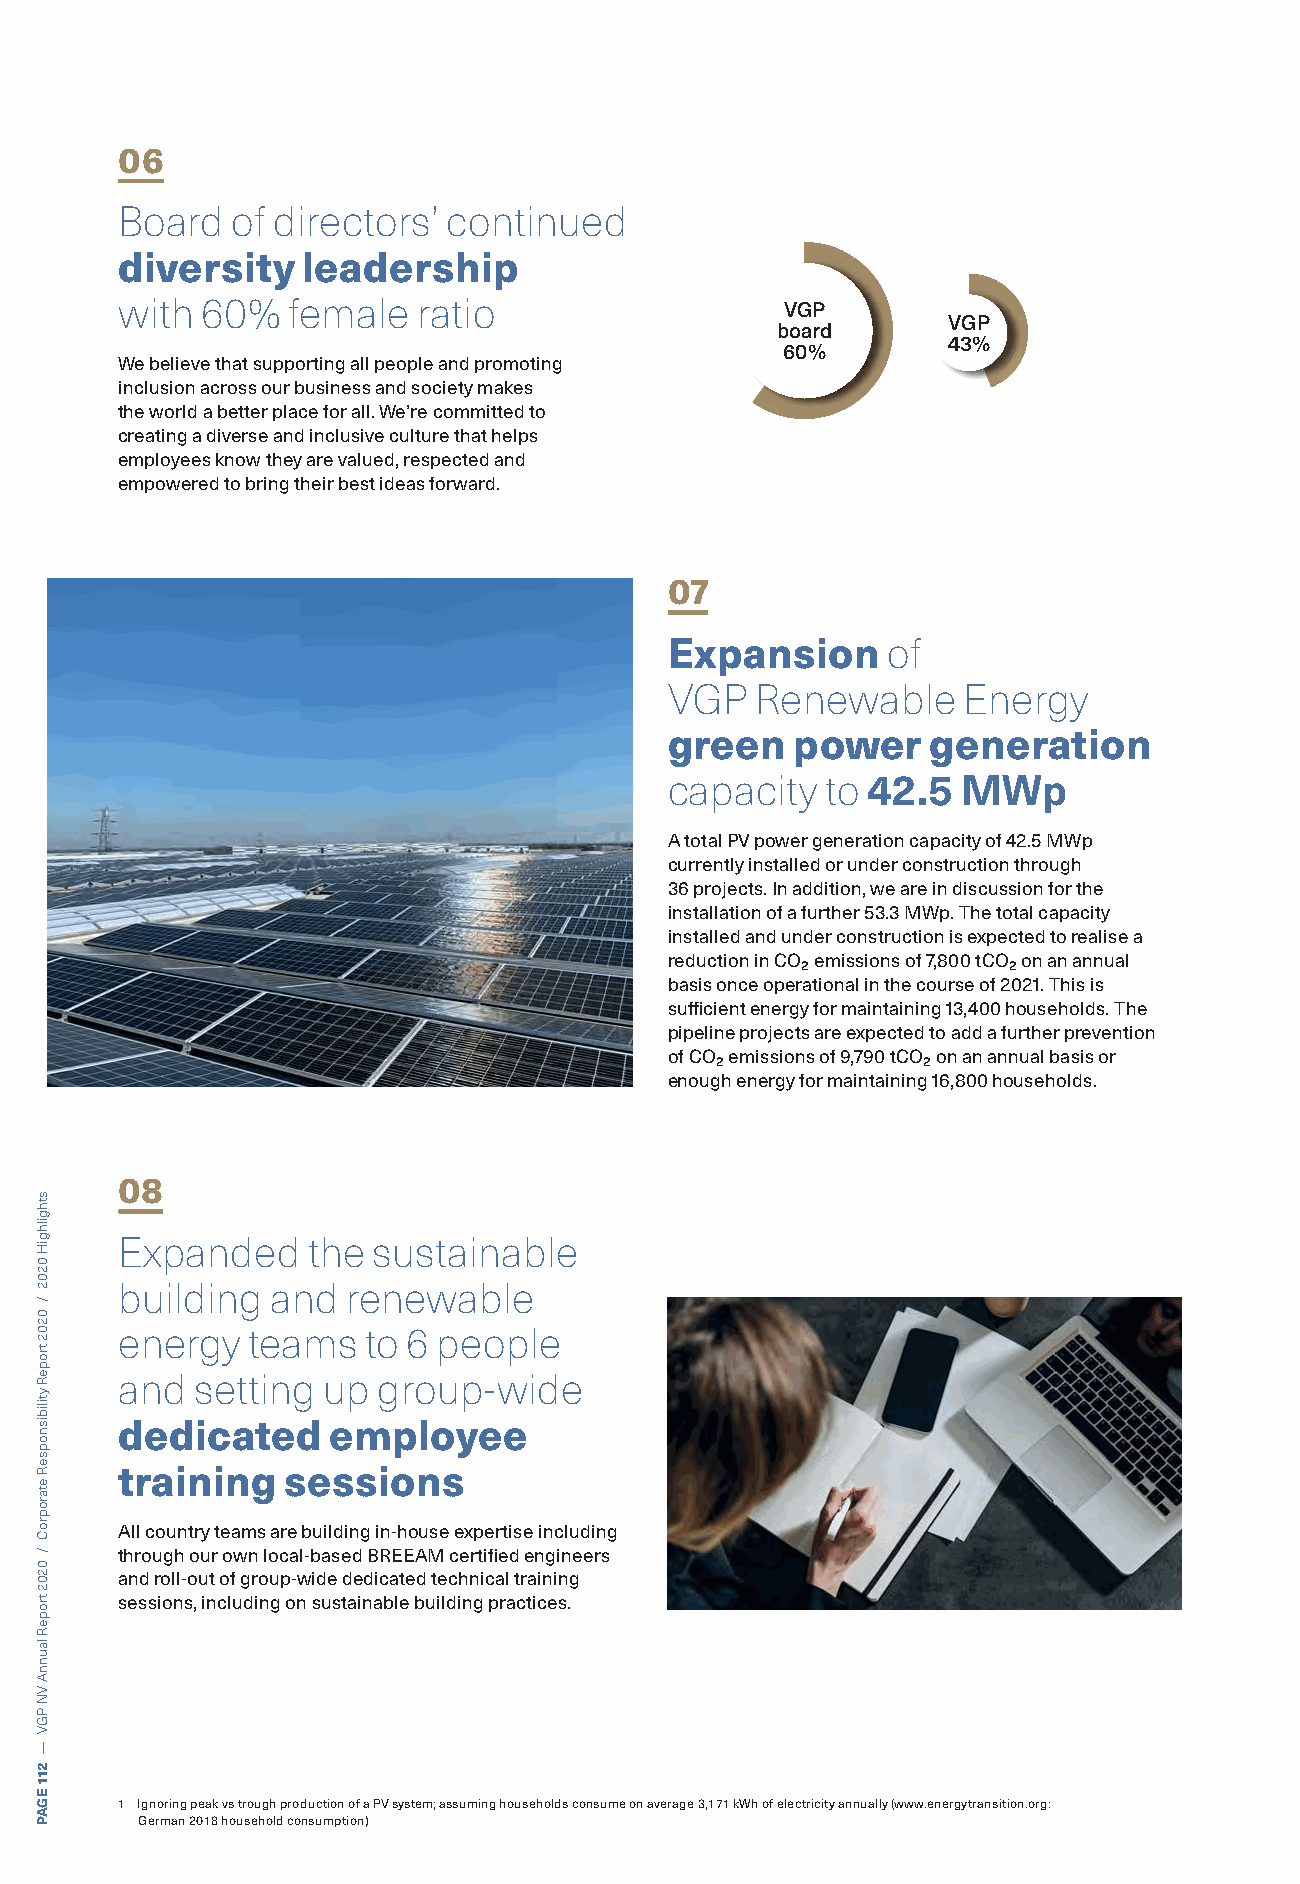
06
 Board  of directors’  continued
 diversity   leadership
 with 60%   female   ratio                   VGP
 VGP
 board
 43%
 60%
 We believe that supporting all people and promoting
 inclusion across our business and society makes
 the world a better place for all. We’re committed to
 creating a diverse and inclusive culture that helps
 employees know they are valued, respected and
 empowered to bring their best ideas forward.
 07
 Expansion      of
 VGP   Renewable     Energy
 green    power    generation
 capacity   to 42.5  MWp
 A total PV power generation capacity of 42.5 MWp
 currently installed or under construction through
 36 projects. In addition, we are in discussion for the
 installation of a further 53.3 MWp. The total capacity
 installed and under construction is expected to realise a
 reduction in CO₂ emissions of 7,800 tCO₂ on an annual
 basis once operational in the course of 2021. This is
 suffi cient energy for maintaining 13,400 households. The
 pipeline projects are expected to add a further prevention
 of CO₂ emissions of 9,790 tCO₂ on an annual basis or
 enough energy for maintaining 16,800 households.
 08
 Expanded    the  sustainable
 building  and  renewable
 energy  teams   to 6 people
 and  setting up  group-wide
 dedicated     employee
 training   sessions
 All country teams are building in-house expertise including
 through our own local-based BREEAM certifi ed engineers
 and roll-out of group-wide dedicated technical training
 sessions, including on sustainable building practices.
 1 Ignoring peak vs trough production of a PV system; assuming households consume on average 3,171 kWh of electricity annually (www.energytransition.org:
 German 2018 household consumption)
 sthgilhgiH
 0202
 /
 0202
 tropeR
 ytilibisnopseR
 etaroproC
 /
 0202
 tropeR
 launnA
 VN
 PGV
 —
 211
 EGAP